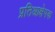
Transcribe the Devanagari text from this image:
प्रतिआक्षेपक